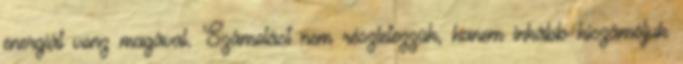
energiát vonz magával. Számolást nem részletezzük, hanem inkább kiszámóljuk